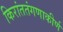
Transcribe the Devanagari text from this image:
किरांततंगणाकीर्ण